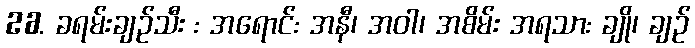
26. ခရမ်းချဉ်သီး : အရောင်: အနီ၊ အဝါ၊ အစိမ်း အရသာ: ချို၊ ချဉ်